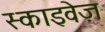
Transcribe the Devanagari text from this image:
स्काइवेज़